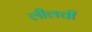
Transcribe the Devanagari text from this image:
लीलची